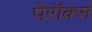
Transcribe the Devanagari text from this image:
पेरॉक्स